Leaving Certificate Examination, 1909
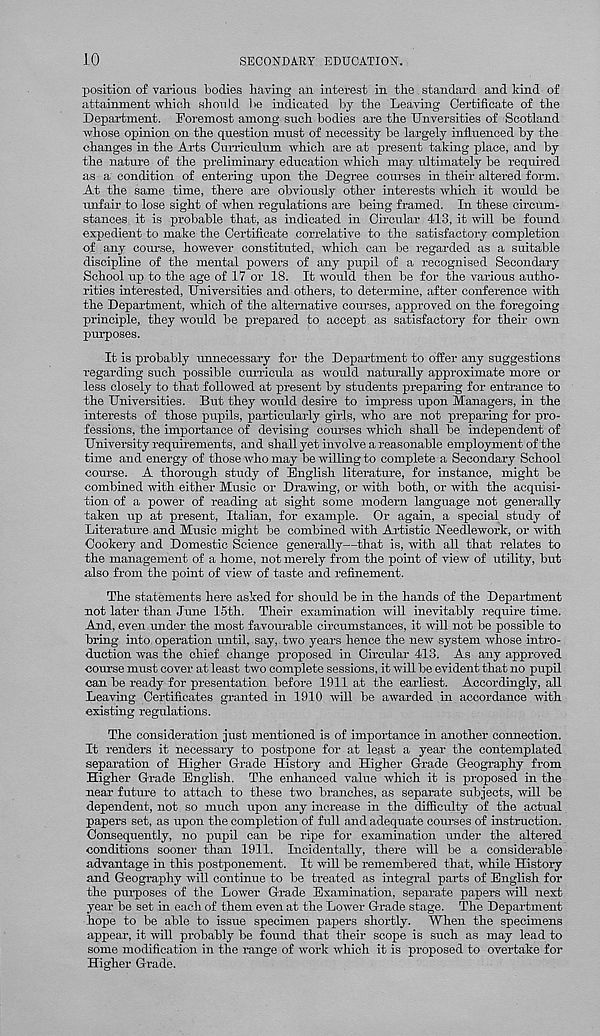
10
SECONDARY EDUCATION.
position of various bodies having an interest in the. standard and kind of
attainment which should be indicated by the Leaving Certificate of the
Department. Foremost among such bodies are the Unversities of Scotland
whose opinion on the question must of necessity be largely influenced by the
changes in the Arts Curriculum which are at present taking place, and by
the nature of the preliminary education which may ultimately be required
as a condition of entering upon the Degree courses in their altered form.
At the same time, there are obviously other interests which it would be
unfair to lose sight of when regulations are being framed. In these circum-
stances it is probable that, as indicated in Circular 413, it will be found
expedient to make the Certificate correlative to the satisfactory completion
of any course, however constituted, which can be regarded as a suitable
discipline of the mental powers of any pupil of a recognised Secondary
School up to the age of 17 or 18. It would then be for the various autho-
rities interested, Universities and others, to determine, after conference with
the Department, which of the alternative courses, approved on the foregoing
principle, they would be prepared to accept as satisfactory for their own
purposes.
It is probably unnecessary for the Department to offer any suggestions
regarding such possible curricula as would naturally approximate more or
less closely to that followed at present by students preparing for entrance to
the Universities. But they would desire to impress upon Managers, in the
interests of those pupils, particularly girls, who are not preparing for pro-
fessions, the importance of devising courses which shall be independent of
University requirements, and shall yet involve a reasonable employment of the
time and energy of those who may be willing to complete a Secondary School
course. A thorough study of English literature, for instance, might be
combined with either Music or Drawing, or with both, or with the acquisi-
tion of a power of reading at sight some modern language not generally
taken up at present, Italian, for example. Or again, a special study of
Literature and Music might be combined with Artistic Needlework, or with
Cookery and Domestic Science generally—that is, with all that relates to
the management of a home, not merely from the point of view of utility, but
also from the point of view of taste and refinement.
The statements here asked for should be in the hands of the Department
not later than June 15th. Their examination will inevitably require time.
And, even under the most favourable circumstances, it will not be possible to
bring into operation until, say, two years hence the new system whose intro-
duction was the chief change proposed in Circular 413. As any approved
course must cover at least two complete sessions, it will be evident that no pupil
can be ready for presentation before 1911 at the earliest. Accordingly, all
Leaving Certificates granted in 1910 will be awarded in accordance with
existing regulations.
The consideration just mentioned is of importance in another connection.
It renders it necessary to postpone for at least a year the contemplated
separation of Higher Grade History and Higher Grade Geography from
Higher Grade English. The enhanced value which it is proposed in the
near' future to attach to these two branches, as separate subjects, will be
dependent, not so much upon any increase in the difficulty of the actual
papers set, as upon the completion of full and adequate courses of instruction.
Consequently, no pupil can be ripe for examination under the altered
conditions sooner than 1911. Incidentally, there will be a considerable
advantage in this postponement. It will be remembered that, while History
and Geography will continue to be treated as integral parts of English for
the purposes of the Lower Grade Examination, separate papers will next
year be set in each of them even at the Lower Grade stage. The Department
hope to be able to issue specimen papers shortly. When the specimens
appear, it will probably be found that their scope is such as may lead to
some modification in the range of work which it is proposed to overtake for
Higher Grade.